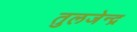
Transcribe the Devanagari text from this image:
तुलजेन्द्र